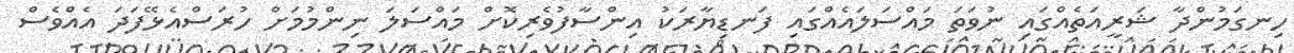
ހިނގަމުންދާ ޝަރީއަތެއްގައި ނުވަތަ މައްސަލައެއްގައި ފަނޑިޔާރަކު އިންސާފުވެރިކޮށް މައްސަލަ ނިންމުމަށް ހުރަސްއެޅޭފަދަ އެއްވެސް